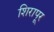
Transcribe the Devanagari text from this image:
शिरापूर